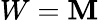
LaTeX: W=\mathbf{M}